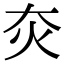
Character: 𤆍